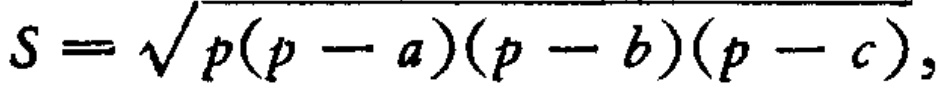
\(S = \sqrt{p(p - a)(p - b)(p - c)}\)